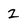
Character: 2